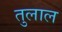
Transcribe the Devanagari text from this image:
तुलाल